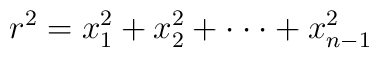
r^2=x_1^2+x_2^2+\cdot\cdot\cdot+x_{n-1}^2